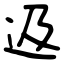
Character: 﨤